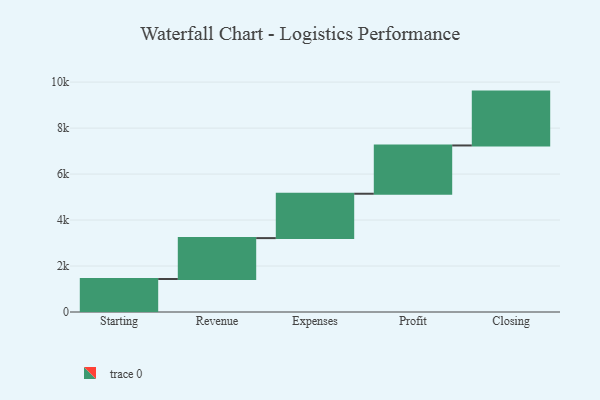
{"axis": {"x": "Step", "y": "Value"}, "legend": [""], "data": [{"x": "Starting", "y": 1436.0, "type": ""}, {"x": "Revenue", "y": 1778.0, "type": ""}, {"x": "Expenses", "y": 1930.0, "type": ""}, {"x": "Profit", "y": 2100.0, "type": ""}, {"x": "Closing", "y": 2343.0, "type": ""}]}